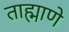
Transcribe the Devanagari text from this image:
ताह्माणे